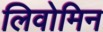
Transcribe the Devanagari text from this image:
लिवोमिन